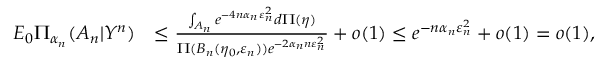
\begin{array} { r l } { E _ { 0 } \Pi _ { \alpha _ { n } } ( A _ { n } | Y ^ { n } ) } & { \leq \frac { \int _ { A _ { n } } e ^ { - 4 n \alpha _ { n } \varepsilon _ { n } ^ { 2 } } d \Pi ( \eta ) } { \Pi ( B _ { n } ( \eta _ { 0 } , \varepsilon _ { n } ) ) e ^ { - 2 { \alpha _ { n } } n \varepsilon _ { n } ^ { 2 } } } + o ( 1 ) \leq e ^ { - n \alpha _ { n } \varepsilon _ { n } ^ { 2 } } + o ( 1 ) = o ( 1 ) , } \end{array}